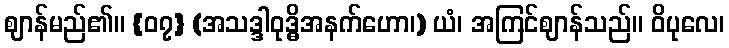
ဈာန်မည်၏။ {၀၇} (အသဒ္ဒါဝုဒ္ဓိအနက်ဟော၊) ယံ၊ အကြင်ဈာန်သည်။ ဝိပုလေ၊